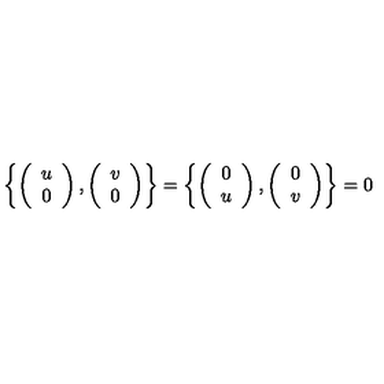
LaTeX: \left\{ \left( \begin{array} { c } { u } \\ { 0 } \\ \end{array} \right) , \left( \begin{array} { c } { v } \\ { 0 } \\ \end{array} \right) \right\} = \left\{ \left( \begin{array} { c } { 0 } \\ { u } \\ \end{array} \right) , \left( \begin{array} { c } { 0 } \\ { v } \\ \end{array} \right) \right\} = 0